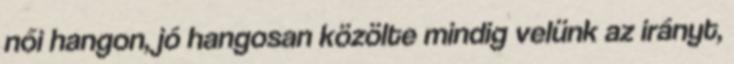
női hangon, jó hangosan közölte mindig velünk az irányt,